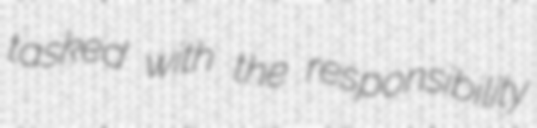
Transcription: tasked with the responsibility